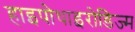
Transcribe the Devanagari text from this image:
हाइपोथाइरोडिज्म